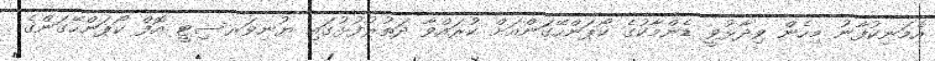
އެމަނިކުފާނު މިހެން ވިދާޅުވީ ޑެންމާކުގެ ކޯޕަންހޭގަންއަށް ކުރައްވާ ދަތުރުފުޅުގައި ޔުނިވަރސިޓީ އޮފް ކޯޕަންހޭގަންގެ